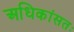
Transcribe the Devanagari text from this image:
अधिकांसतः